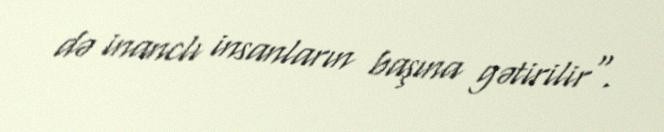
də inanclı insanların başına gətirilir".